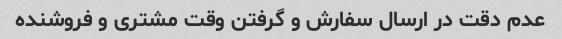
عدم دقت در ارسال سفارش و گرفتن وقت مشتری و فروشنده